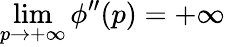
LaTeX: \operatorname*{lim}_{p\rightarrow+\infty}\phi^{\prime\prime}(p)=+\infty